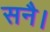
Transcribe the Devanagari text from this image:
सनै।